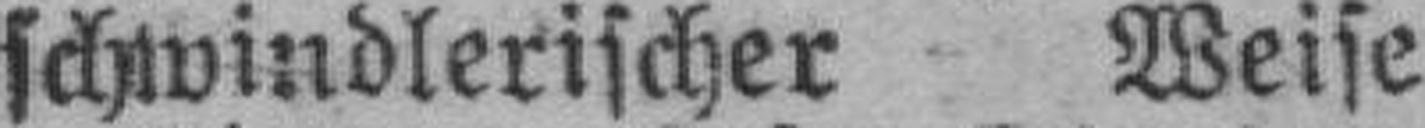
schwindlerischer Weise